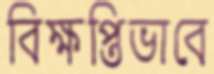
বিক্ষপ্তিভাবে